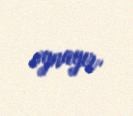
oynayır.